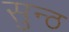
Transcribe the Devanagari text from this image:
सुन्ठ